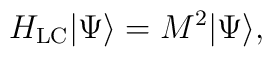
H_{\rm LC}|\Psi\rangle=M^2|\Psi\rangle,